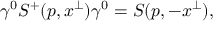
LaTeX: \gamma ^ { 0 } S ^ { + } ( p , x ^ { \perp } ) \gamma ^ { 0 } = S ( p , - x ^ { \perp } ) ,